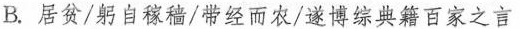
B. 居贫/躬自稼穑/带经而农/遂博综典籍百家之言